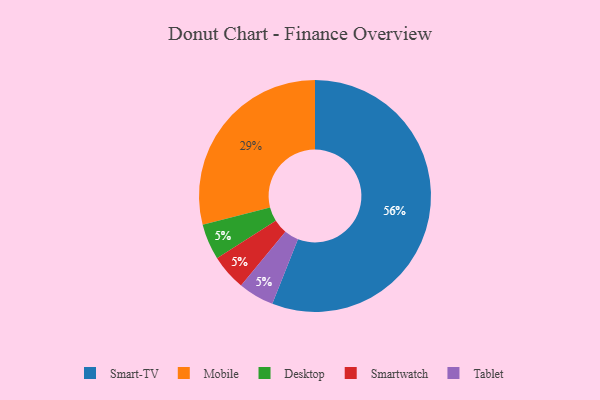
{"axis": {"x": "Category", "y": "Percentage"}, "legend": ["Desktop", "Mobile", "Smart-TV", "Smartwatch", "Tablet"], "data": [{"x": "Desktop", "y": 5, "type": "Desktop"}, {"x": "Smart-TV", "y": 56, "type": "Smart-TV"}, {"x": "Mobile", "y": 29, "type": "Mobile"}, {"x": "Smartwatch", "y": 5, "type": "Smartwatch"}, {"x": "Tablet", "y": 5, "type": "Tablet"}]}